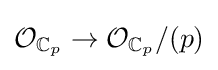
{\mathcal {O}}_{\mathbb {C} _{p}}\to {\mathcal {O}}_{\mathbb {C} _{p}}/(p)